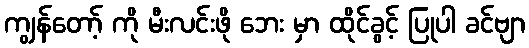
ကျွန်တော့် ကို မီးလင်းဖို ဘေး မှာ ထိုင်ခွင့် ပြုပါ ခင်ဗျာ